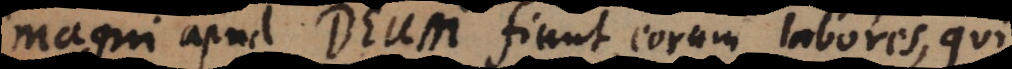
magni apud Deum fiunt eorum labores, qui